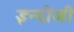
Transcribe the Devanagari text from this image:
इन्दौजी